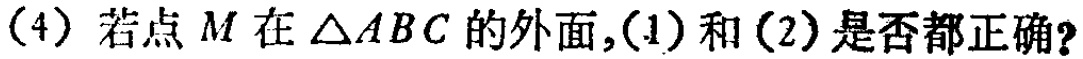
(4) 若点\(M\)在\(\triangle ABC\)的外面，(1)和(2)是否都正确？